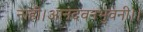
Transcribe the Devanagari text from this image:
नाही।आनंदवनभुवनी।।